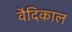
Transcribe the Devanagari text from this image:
वैदिकाल